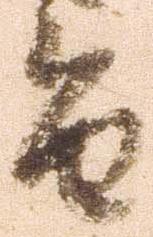
旨